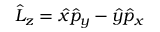
\begin{array} { r } { \hat { L } _ { z } = \hat { x } \hat { p } _ { y } - \hat { y } \hat { p } _ { x } } \end{array}